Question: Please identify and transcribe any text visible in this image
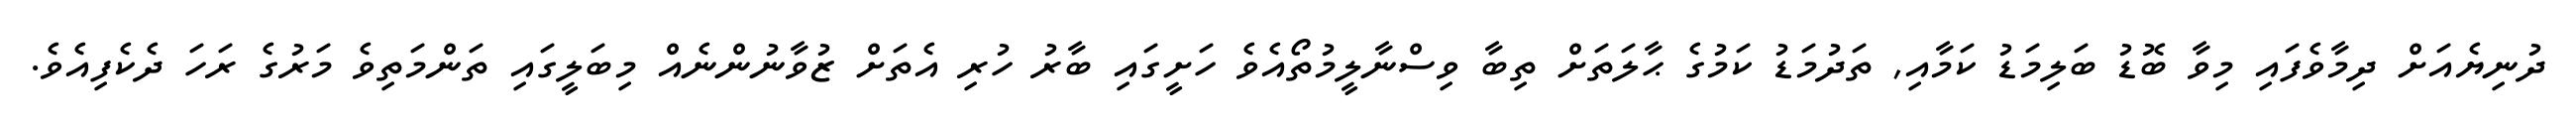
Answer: ދުނިޔެއަށް ދިމާވެފައި މިވާ ބޮޑު ބަލިމަޑު ކަމާއި, ތަދުމަޑު ކަމުގެ ޙާލަތަށް ތިބާ ވިސްނާލީމުތޯއެވެ ހަށީގައި ބާރު ހުރި އެތަށް ޒުވާނުންނެއް މިބަލީގައި ތަންމަތިވެ މަރުގެ ރަހަ ދެކެފިއެވެ.